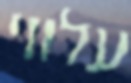
עלווי